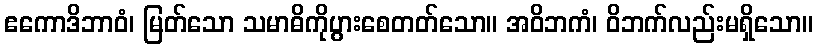
ဧကောဒိဘာဝံ၊ မြတ်သော သမာဓိကိုပွားစေတတ်သော။ အဝိဘကံ၊ ဝိဘက်လည်းမရှိသော။